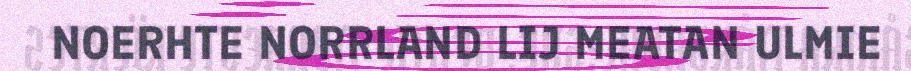
NOERHTE NORRLAND LIJ MEATAN ULMIE